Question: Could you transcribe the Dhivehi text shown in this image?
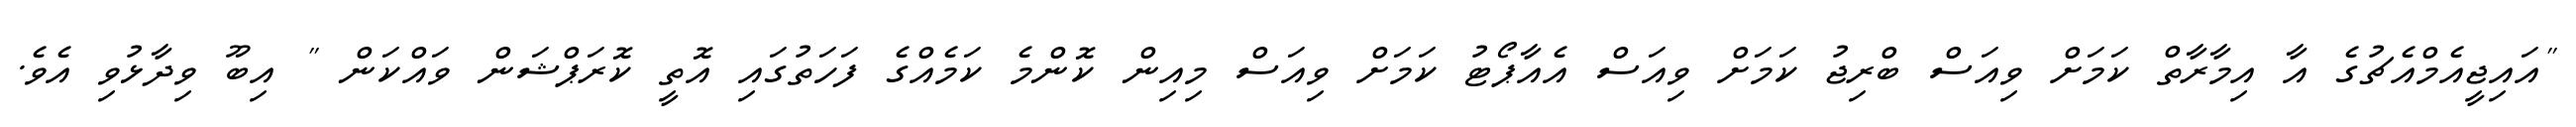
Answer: "އައިޖީއެމްއެޗުގެ އާ އިމާރާތް ކަމަށް ވިއަސް ބްރިޖު ކަމަށް ވިއަސް އެއާޕޯޓު ކަމަށް ވިއަސް މިއިން ކޮންމެ ކަމެއްގެ ފަހަތުގައި އޮތީ ކޮރަޕްޝަން ވައްކަން " އިބޫ ވިދާޅުވި އެވެ.